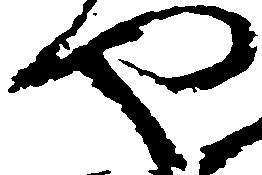
や